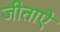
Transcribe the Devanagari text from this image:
जीताऐ